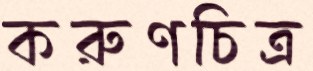
করুণচিত্র